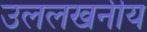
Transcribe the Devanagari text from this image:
उललखनीय